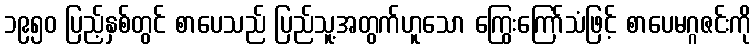
၁၉၅၀ ပြည့်နှစ်တွင် စာပေသည် ပြည်သူ့အတွက်ဟူသော ကြွေးကြော်သံဖြင့် စာပေမဂ္ဂဇင်းကို